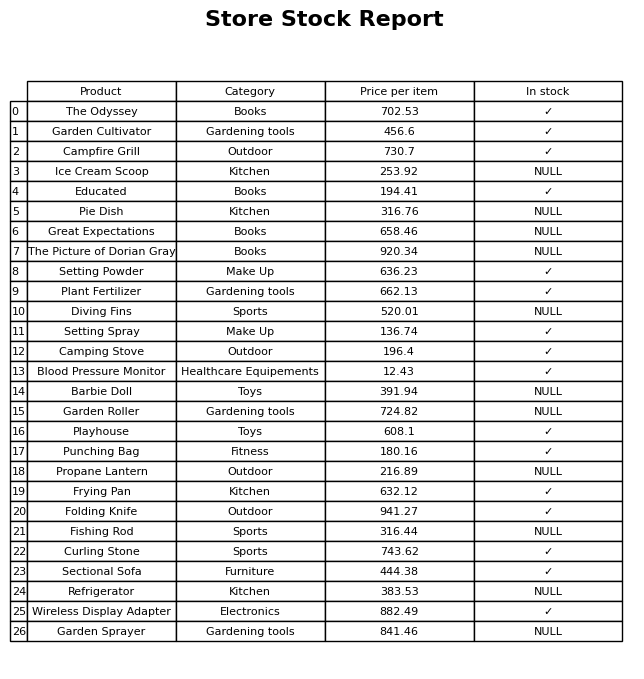
question: What is the price of the Camping Stove?
answer: The price of Camping Stove is 196.4.